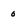
Character: o